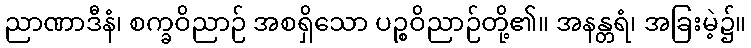
ညာဏာဒီနံ၊ စက္ခဝိညာဉ် အစရှိသော ပဉ္စဝိညာဉ်တို့၏။ အနန္တရံ၊ အခြးမဲ့၌။